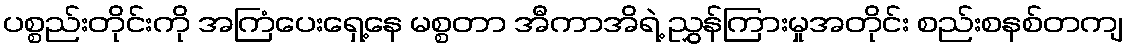
ပစ္စည်းတိုင်းကို အကြံပေးရှေ့နေ မစ္စတာ အီကာအိရဲ့ ညွှန်ကြားမှုအတိုင်း စည်းစနစ်တကျ